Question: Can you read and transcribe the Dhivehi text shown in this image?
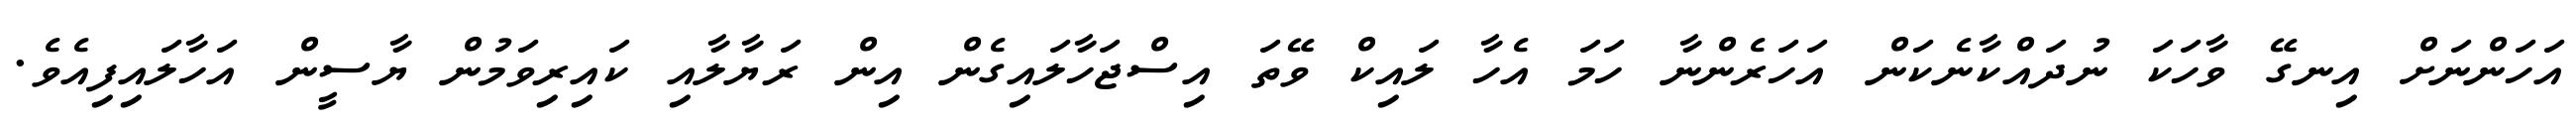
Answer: އަހަންނަށް އިނގޭ ވާހަކަ ނުދައްކާނެކަން އަހަރެންނާ ހަމަ އެހާ ލައިކް ވޭތަ އިސްޖަހާލައިގެން އިން ރަޔާލާއި ކައިރިވަމުން ޔާސީން އަހާލައިފިއެވެ.